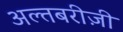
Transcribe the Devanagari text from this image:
अल्तबरीज़ी